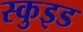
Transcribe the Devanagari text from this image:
स्कुइड